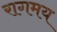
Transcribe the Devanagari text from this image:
रागमय